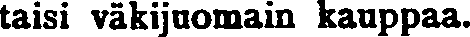
taisi väkijuomain kauppaa.